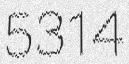
5314